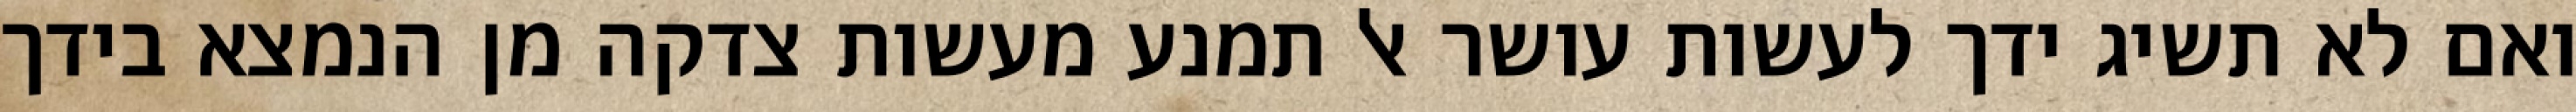
ואם לא תשיג ידך לעשות עושר אל תמנע מעשות צדקה מן הנמצא בידך